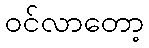
ဝင်လာတော့